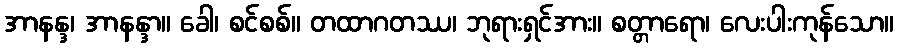
အာနန္ဒ၊ အာနန္ဒာ။ ခေါ၊ စင်စစ်။ တထာဂတဿ၊ ဘုရားရှင်အား။ စတ္တာရော၊ လေးပါးကုန်သော။